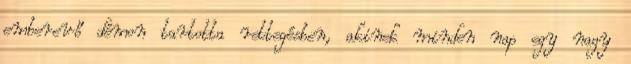
emberevő démon tartotta rettegésben, akinek minden nap egy nagy